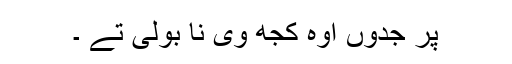
پر جدوں اوہ کجھ وی نا بولی تے ۔